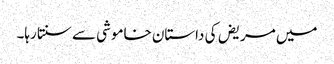
میں مریض کی داستان خاموشی سے سنتا رہا۔